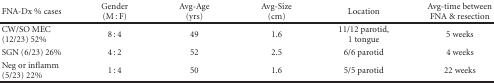
<table><thead><tr><td><b>FNA-Dx % cases</b></td><td><b>Gender (M : F)</b></td><td><b>Avg-Age (yrs)</b></td><td><b>Avg-Size (cm)</b></td><td><b>Location</b></td><td><b>Avg-time between FNA &amp; resection</b></td></tr></thead><tbody><tr><td>CW/SO MEC (12/23) 52%</td><td>8 : 4</td><td>49</td><td>1.6</td><td>11/12 parotid, 1 tongue</td><td>5 weeks</td></tr><tr><td>SGN (6/23) 26%</td><td>4 : 2</td><td>52</td><td>2.5</td><td>6/6 parotid</td><td>4 weeks</td></tr><tr><td>Neg or inflamm (5/23) 22%</td><td>1 : 4</td><td>50</td><td>1.6</td><td>5/5 parotid</td><td>22 weeks</td></tr></tbody></table>